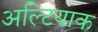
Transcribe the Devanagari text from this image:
अल्टियाक